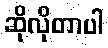
ဆိုလိုတာပါ